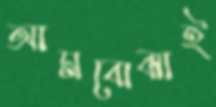
আমবোঝাই